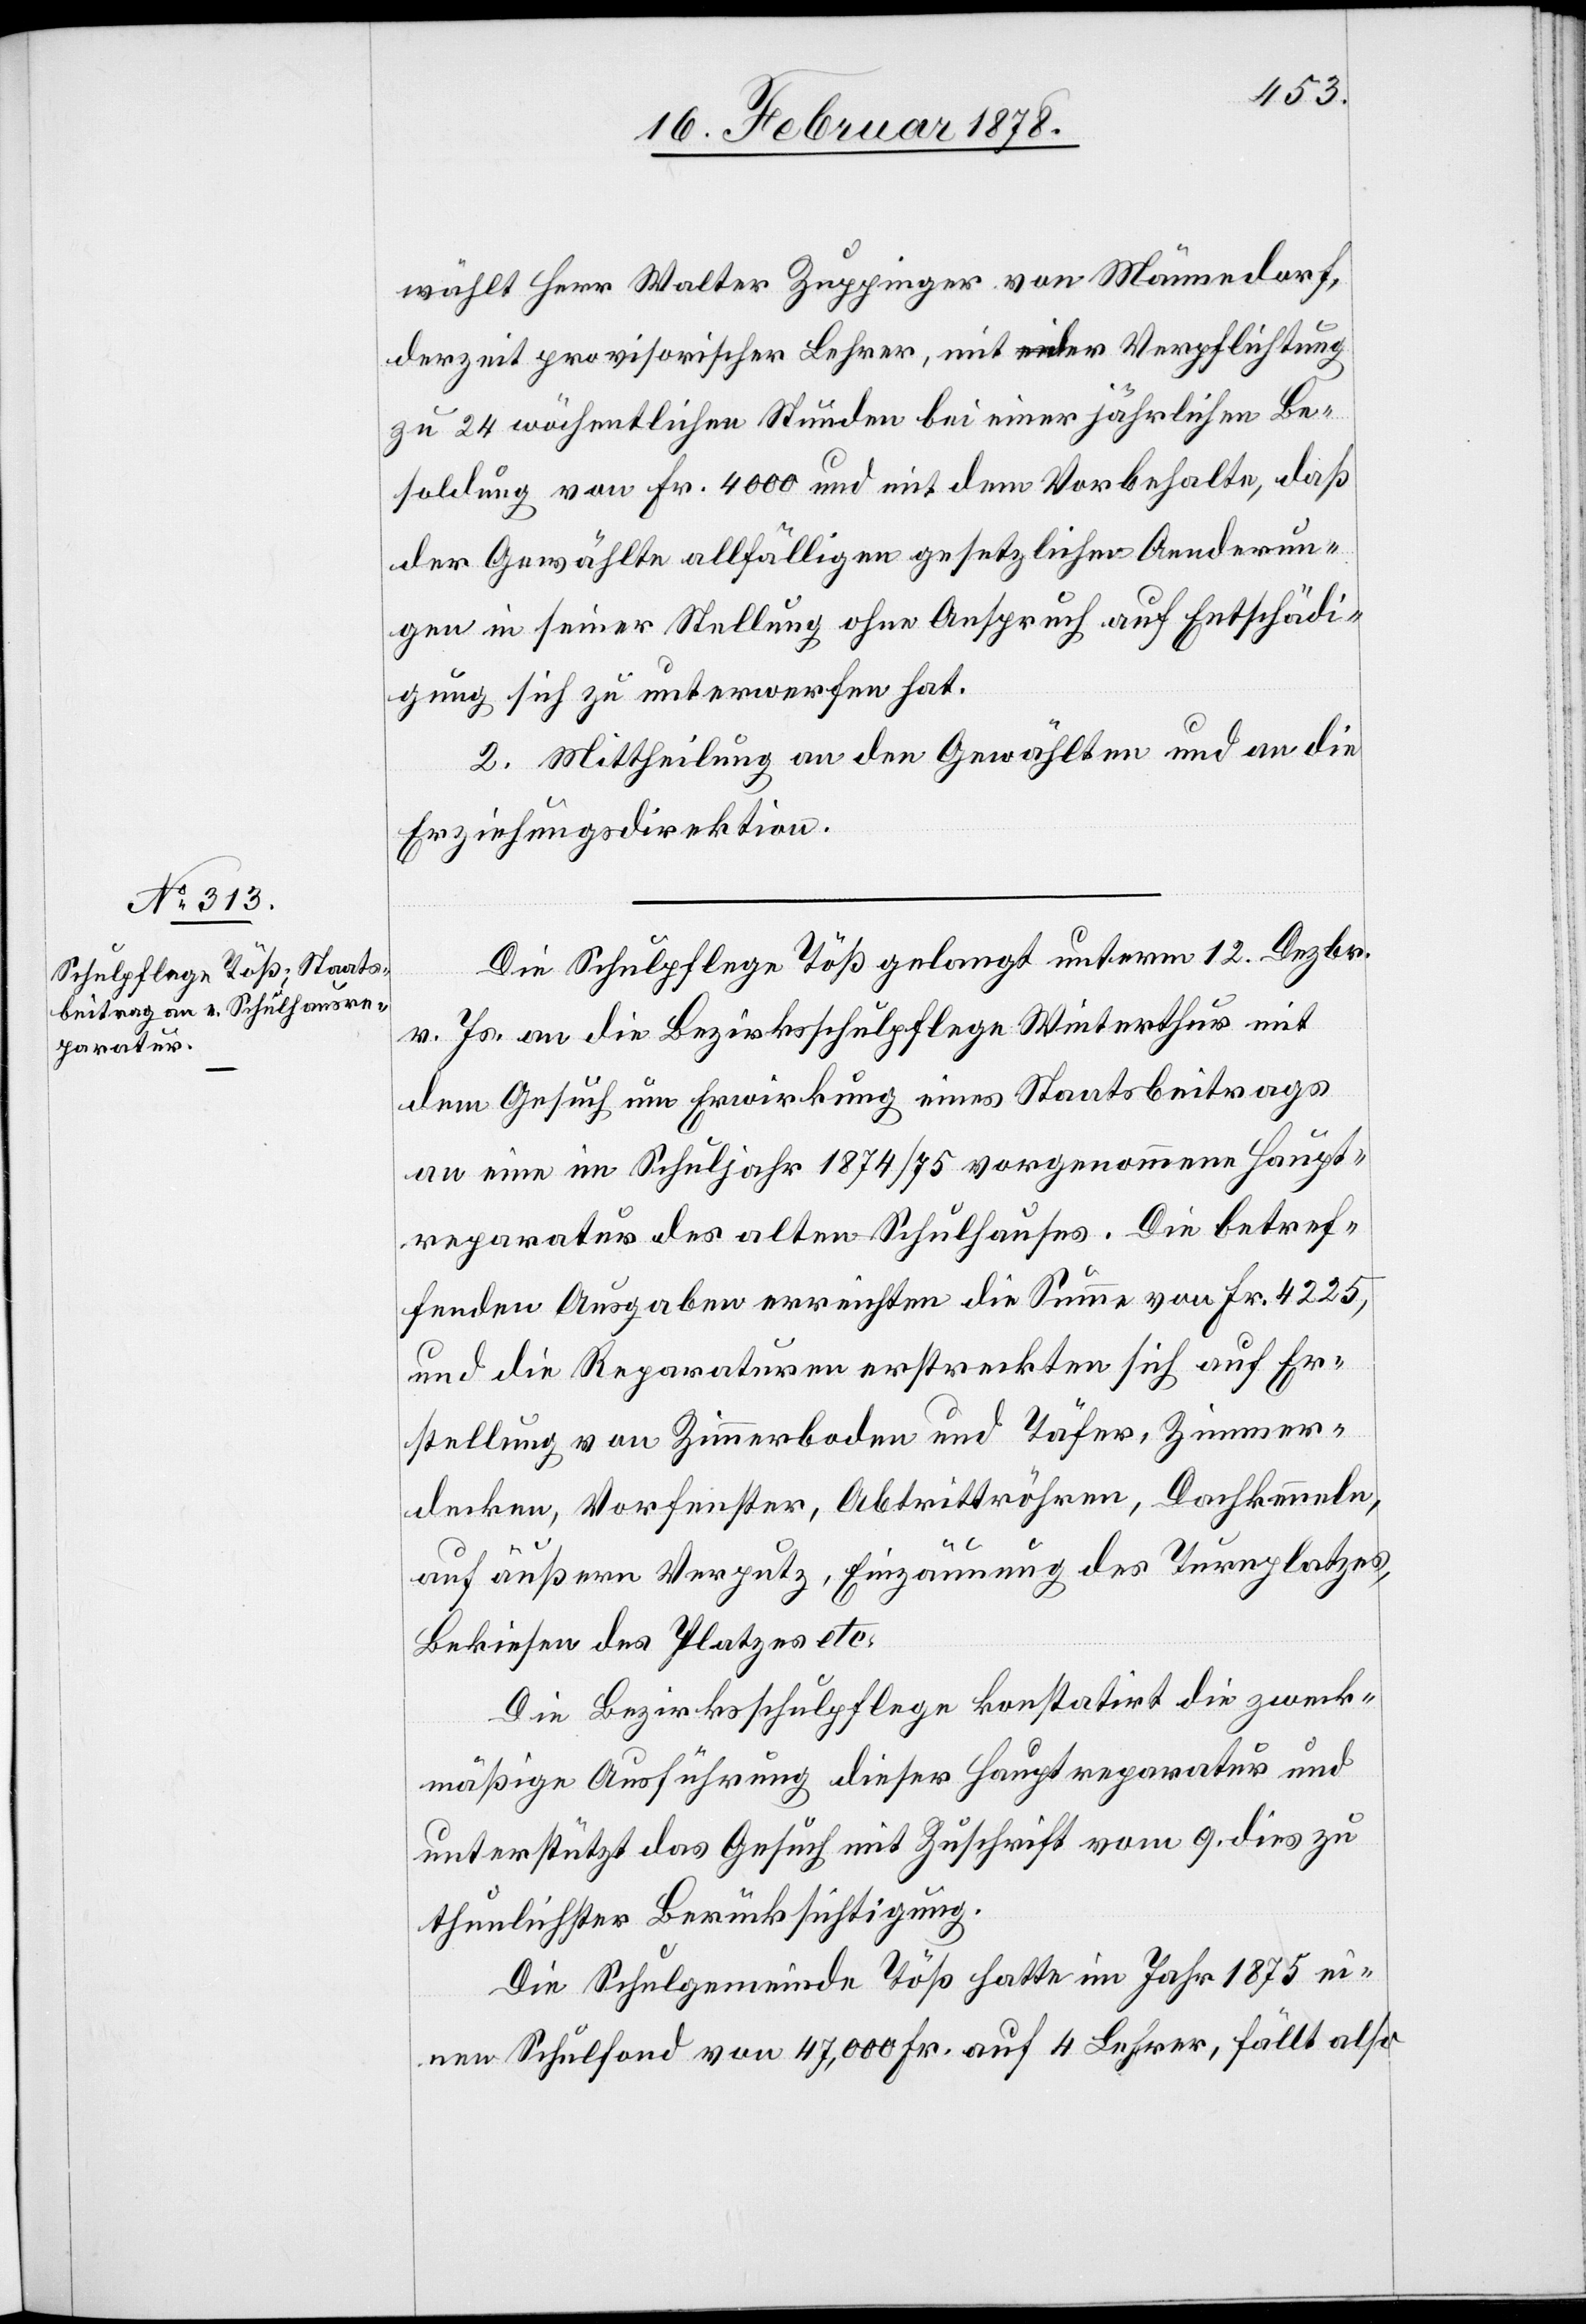
wählt Herr Walter Zuppinger von Männedorf,
derzeit provisorischer Lehrer, mit Verpflichtung
zu 24 wöchentlichen Stunden bei einer jährlichen Be¬
soldung von Fr. 4000 und mit dem Vorbehalte, daß
der Gewählte allfälligen gesetzlichen Aenderun¬
gen in seiner Stellung ohne Anspruch auf Entschädi¬
gung sich zu unterwerfen hat.
2. Mittheilung an den Gewählten und an die
Erziehungsdirektion.
Die Schulpflege Töß gelangt unterm 12. Dezbr.
v. Js. an die Bezirksschulpflege Winterthur mit
dem Gesuch um Erwirkung eines Staatsbeitrags
an eine im Schuljahr 1874/75 vorgenommene Haupt¬
reparatur des alten Schulhauses. Die betref¬
fenden Ausgaben erreichten die Summe von Fr. 4225,
und die Reparaturen erstreckten sich auf Er¬
stellung von Zimmerboden und Täfer, Zimmer¬
decken, Vorfenster, Abtrittröhren, Dachkenneln,
auf äußern Verputz, Einzäunung des Turnplatzes,
Bekiesen des Platzes etc.
Die Bezirksschulpflege konstatirt die zweck¬
mäßige Ausführung dieser Hauptreparatur und
unterstützt das Gesuch mit Zuschrift vom 9. dies zu
thunlichster Berücksichtigung.
Die Schulgemeinde Töß hatte im Jahr 1875 ei¬
nen Schulfond von 47,000 Fr. auf 4 Lehrer, fällt also